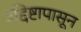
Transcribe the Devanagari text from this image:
उद्दिष्टापासून